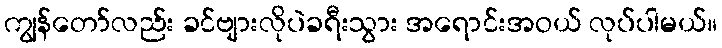
ကျွန်တော်လည်း ခင်ဗျားလိုပဲခရီးသွား အရောင်းအဝယ် လုပ်ပါမယ်။